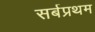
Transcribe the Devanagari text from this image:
सर्बप्रथम